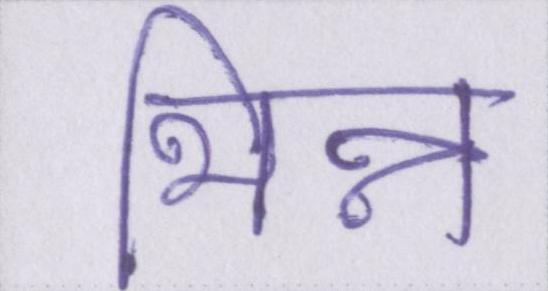
भिन्न